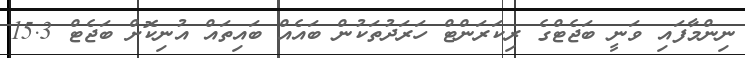
ނިންމާފައި ވަނީ ބަޖެޓްގެ ރިކަރަންޓް ހަރަދުތަކުން ބައެއް ބައިތައް އުނިކޮށް ބަޖެޓް 15.3